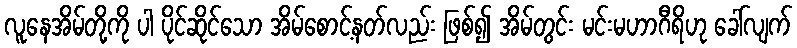
လူနေအိမ်တို့ကို ပါ ပိုင်ဆိုင်သော အိမ်စောင့်နတ်လည်း ဖြစ်၍ အိမ်တွင်း မင်းမဟာဂီရိဟု ခေါ်လျက်